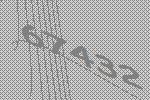
67432